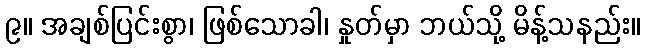
၉။ အချစ်ပြင်းစွာ၊ ဖြစ်သောခါ၊ နှုတ်မှာ ဘယ်သို့ မိန့်သနည်း။